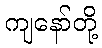
ကျနော်တို့